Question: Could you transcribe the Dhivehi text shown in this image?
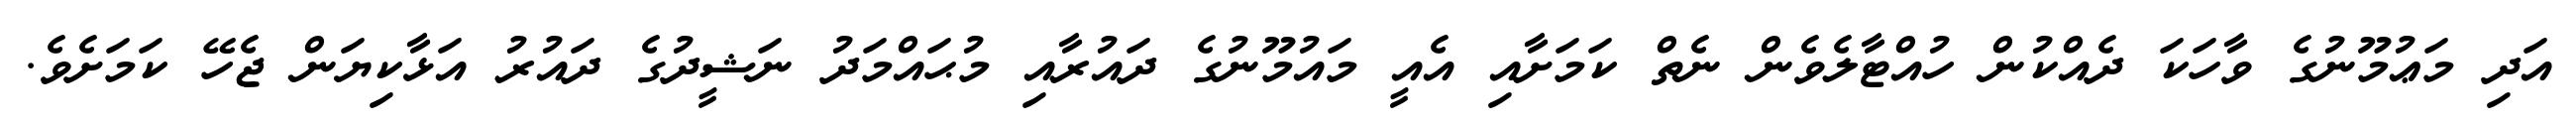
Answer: އަދި މަޢުމޫނުގެ ވާހަކަ ދެއްކުން ހުއްޓާލެވެން ނެތް ކަމަށާއި އެއީ މައުމޫނުގެ ދައުރާއި މުޙައްމަދު ނަޝީދުގެ ދައުރު އަޅާކިޔަން ޖެހޭ ކަމަށެވެ.